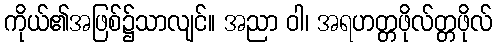
ကိုယ်၏အဖြစ်၌သာလျင်။ အညာ ဝါ၊ အရဟတ္တဖိုလ်တ္တဖိုလ်